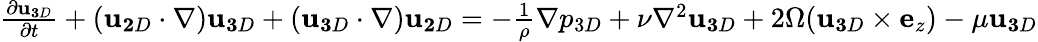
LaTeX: \begin{array}{r}{\frac{\partial{\mathbf u}_{\mathbf 3D}}{\partial t}+({\mathbf u}_{\mathbf 2D}\cdot{\mathbf\nabla}){\mathbf u}_{\mathbf 3D}+({\mathbf u}_{\mathbf 3D}\cdot{\mathbf\nabla}){\mathbf u}_{\mathbf 2D}=-\frac{1}{\rho}{\mathbf\nabla}p_{3D}+\nu\nabla^{2}{\mathbf u}_{\mathbf 3D}+2\Omega({\mathbf u}_{\mathbf 3D}\times{\mathbf e}_{z})-\mu{\mathbf u}_{\mathbf 3D}}\end{array}